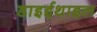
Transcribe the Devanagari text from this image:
डाइईथाइल